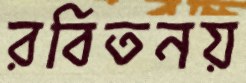
রবিতনয়